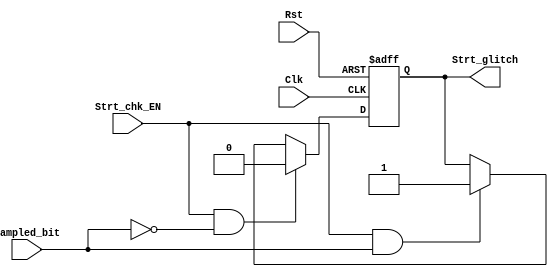
module Strt_check
(
    input  wire Sampled_bit,
    input  wire Strt_chk_EN,
    input  wire Clk,
    input  wire Rst,
    output reg  Strt_glitch
);



   
always @(posedge Clk or negedge Rst)
 begin
    if(!Rst )
        Strt_glitch <= 1'd0;
    else if(Strt_chk_EN && (Sampled_bit==1'd0))
        Strt_glitch <= 1'd0;
    else if(Strt_chk_EN && (Sampled_bit!=1'd0))
        Strt_glitch <= 1'd1;  
end 


endmodule